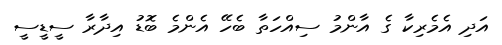
އަދި އެމެރިކާ ގެ އާންމު ސިއްހަތާ ބެހޭ އެންމެ ބޮޑު އިދާރާ ސީޑީސީ